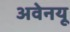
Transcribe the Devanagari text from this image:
अवेनयू